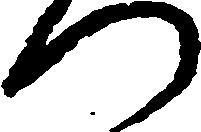
つ